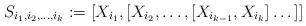
LaTeX: \begin{align*} S_{i_1,i_2,\dots,i_k}:=[X_{i_1},[X_{i_2}, \dots, [X_{i_{k-1}},X_{i_k}]\dots]]\end{align*}